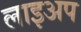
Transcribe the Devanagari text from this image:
लाइअप